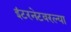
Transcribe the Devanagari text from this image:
इंटरनेटवरल्या